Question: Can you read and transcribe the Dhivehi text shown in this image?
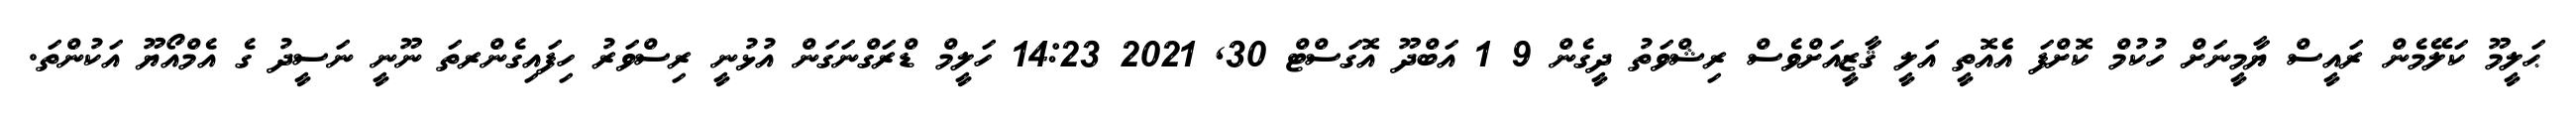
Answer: ޙަލީމޫ ކަލޭމެން ރައީސް ޔާމީނަށް ހުކުމް ކޮށްފަ އެެއޮތީ އަލީ ޤާޒީއަށްވެސް ރިޝްވަތު ދީގެން 9 1 އަބްދޫ އޮގަސްޓް 30, 2021 14:23 ހަލީމް ޑްރަގްނަގަން އުޅުނީ ރިސްވަރު ހިފައިގެންރތަ ނޫނީ ނަސީދު ގެ އެމްއޯޔޫ އަކުންތަ.